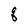
Character: q